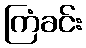
ကြံခင်း